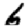
Digit: 6